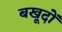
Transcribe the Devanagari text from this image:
बखूदों